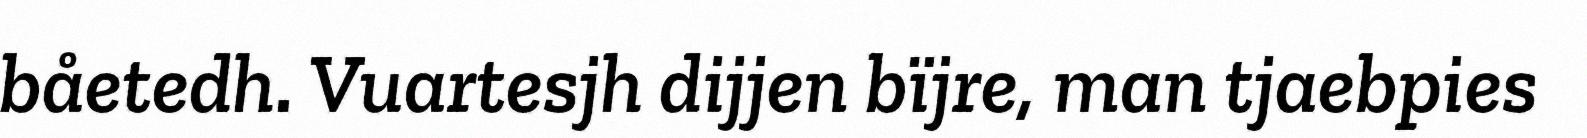
båetedh. Vuartesjh dijjen bïjre, man tjaebpies